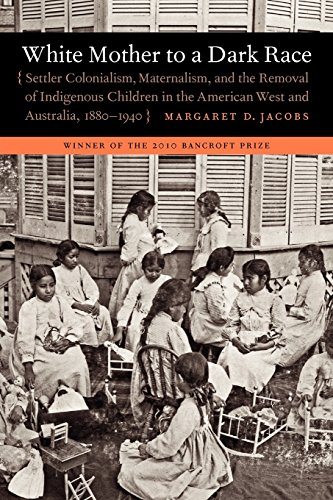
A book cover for White Mother to a Dark Race: Settler Colonialism, Maternalism, and the Removal of Indigenous Children in the American West and Australia, 1880-1940; Margaret D. Jacobs; History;